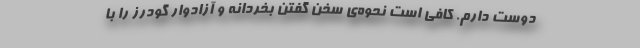
دوست دارم. کافی است نحوه‌ی سخن گفتن بخردانه و آزادوار گودرز را با